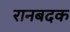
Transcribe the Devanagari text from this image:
रानबदक